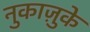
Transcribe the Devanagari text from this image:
नुकाज़ुके